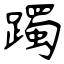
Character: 躅